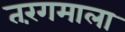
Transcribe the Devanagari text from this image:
तरंगमाला